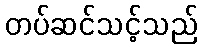
တပ်ဆင်သင့်သည်